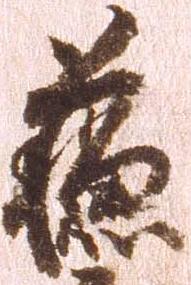
蘇